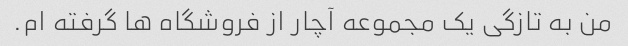
من به تازگی یک مجموعه آچار از فروشگاه ها گرفته ام.